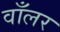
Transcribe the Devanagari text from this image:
वाँलर